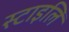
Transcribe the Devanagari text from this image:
स्टाइलि